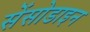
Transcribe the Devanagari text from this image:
सेंसोडाइन